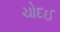
ચોદઈ